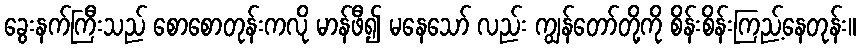
ခွေးနက်ကြီးသည် စောစောတုန်းကလို မာန်ဖီ၍ မနေသော် လည်း ကျွန်တော်တို့ကို စိန်းစိန်းကြည့်နေတုန်း။